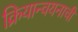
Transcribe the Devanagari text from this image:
क्रियान्वयनाची